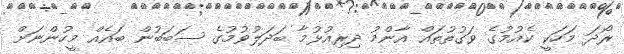
ރޯދަ މަހަކީ ކެއުމުގެ ވަގުތުތައް އާންމު ދިރިއުޅުމާ ބަދަލުވުމުގެ ސަބަބުން ބައެއް މީހުންނަށް